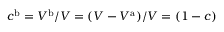
c ^ { \mathrm { b } } = V ^ { \mathrm { b } } / V = ( V - V ^ { \mathrm { a } } ) / V = ( 1 - c )